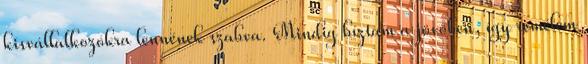
kisvállalkozókra lennének szabva. Mindig bíztam a jövőben, így remélem